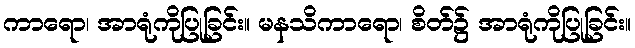
ကာရော၊ အာရုံကိုပြုခြင်း။ မနသိကာရော၊ စိတ်၌ အာရုံကိုပြုခြင်း။